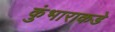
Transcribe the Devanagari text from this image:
कुंभाराकडे